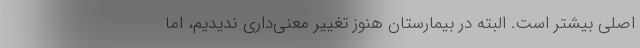
اصلی بیشتر است. البته در بیمارستان هنوز تغییر معنی‌داری ندیدیم، اما